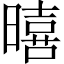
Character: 暿